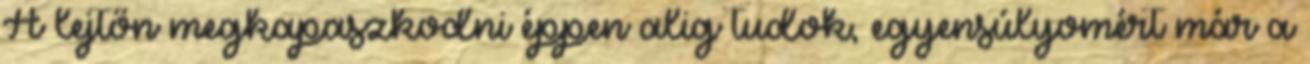
A lejtőn megkapaszkodni éppen alig tudok, egyensúlyomért már a